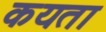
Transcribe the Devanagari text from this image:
कयता